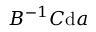
B ^ { - 1 } C { \mathrm { d } } a